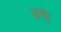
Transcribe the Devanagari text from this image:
उगे।